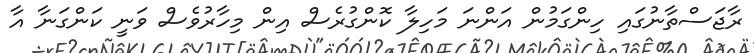
ރާޖަސްތާނުގައި ހިންގަމުން އަންނަ މަހިލާ ކޮންގުރެސް އިން މިހާރުވެސް ވަނީ ކަންގަނާ އާ